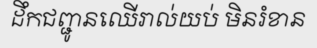
ដឹកជញ្ជូនឈើរាល់យប់ មិនរំខាន